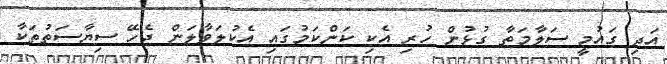
އަދި ގައުމީ ސަލާމަތާ ގުޅުން ހުރި އެކި ކަންކަމުގައި އެކުލަވާލަން ޖެހޭ ސިޔާސަތުތަކާ